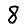
Digit: 8